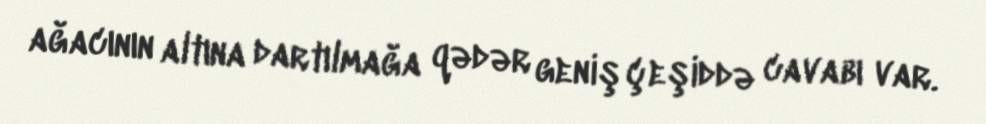
ağacının altına dartılmağa qədər geniş çeşiddə cavabı var.